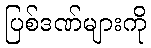
ပြစ်ဒဏ်များကို